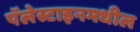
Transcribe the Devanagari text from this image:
पॅलेस्टाइनमधील